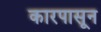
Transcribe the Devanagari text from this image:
कारपासून